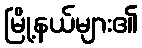
မြို့နယ်များ၏